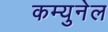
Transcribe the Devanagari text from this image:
कम्युनेल